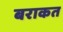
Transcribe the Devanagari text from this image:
बराकत